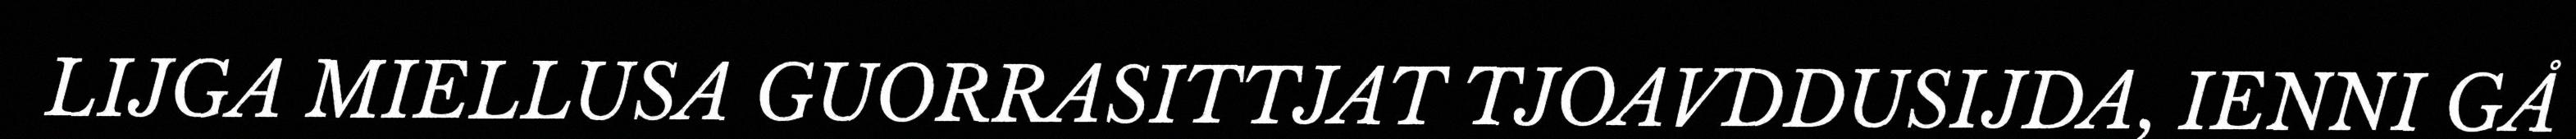
LIJGA MIELLUSA GUORRASITTJAT TJOAVDDUSIJDA, IENNI GÅ